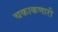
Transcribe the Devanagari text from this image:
चकाकणारी